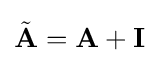
{\tilde {\mathbf {A} }}=\mathbf {A} +\mathbf {I}